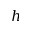
h